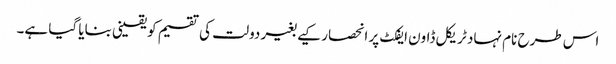
اس طرح نام نہاد ٹریکل ڈاون ایفکٹ پر انحصار کیے بغیر دولت کی تقسیم کو یقینی بنایا گیا ہے۔